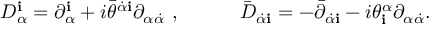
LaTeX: D _ { \alpha } ^ { \mathbf i } = \partial _ { \alpha } ^ { \mathbf i } + i { \bar { \theta } } ^ { \dot { \alpha } { \mathbf i } } \partial _ { \alpha \dot { \alpha } } \ , \qquad \quad { \bar { D } } _ { \dot { \alpha } { \mathbf i } } = - { \bar { \partial } } _ { \dot { \alpha } { \mathbf i } } - i { \theta } _ { \mathbf i } ^ { \alpha } \partial _ { \alpha \dot { \alpha } } .